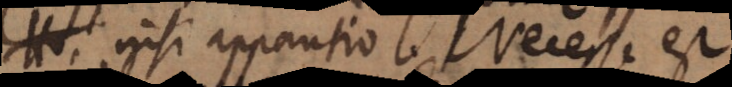
nisi apparitio. Necesse est